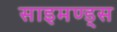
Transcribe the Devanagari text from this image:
साइमण्ड्स